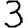
Digit: 3